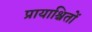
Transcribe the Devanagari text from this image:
प्रायाश्चितों